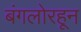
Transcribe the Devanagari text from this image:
बंगलोरहून